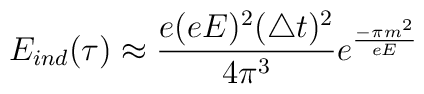
E_{ind}(\tau) \approx \frac{e (e E)^2 (\triangle t)^2}{4 \pi^3} e^{\frac{- \pi m^2}{e E}}